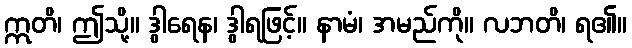
ဣတိ၊ ဤသို့။ ဒွါရေန၊ ဒွါရဖြင့်။ နာမံ၊ အမည်ကို။ လဘတိ၊ ရ၏။